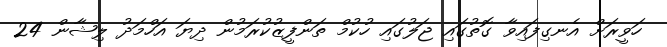
ހަވީރަށް އެނގިފައިވާ ގޮތުގައި ޖަލުގައި ހުކުމް ތަންފީޒުކުރަމުން ދިޔަ އަހްމަދު ލިޝާން 24